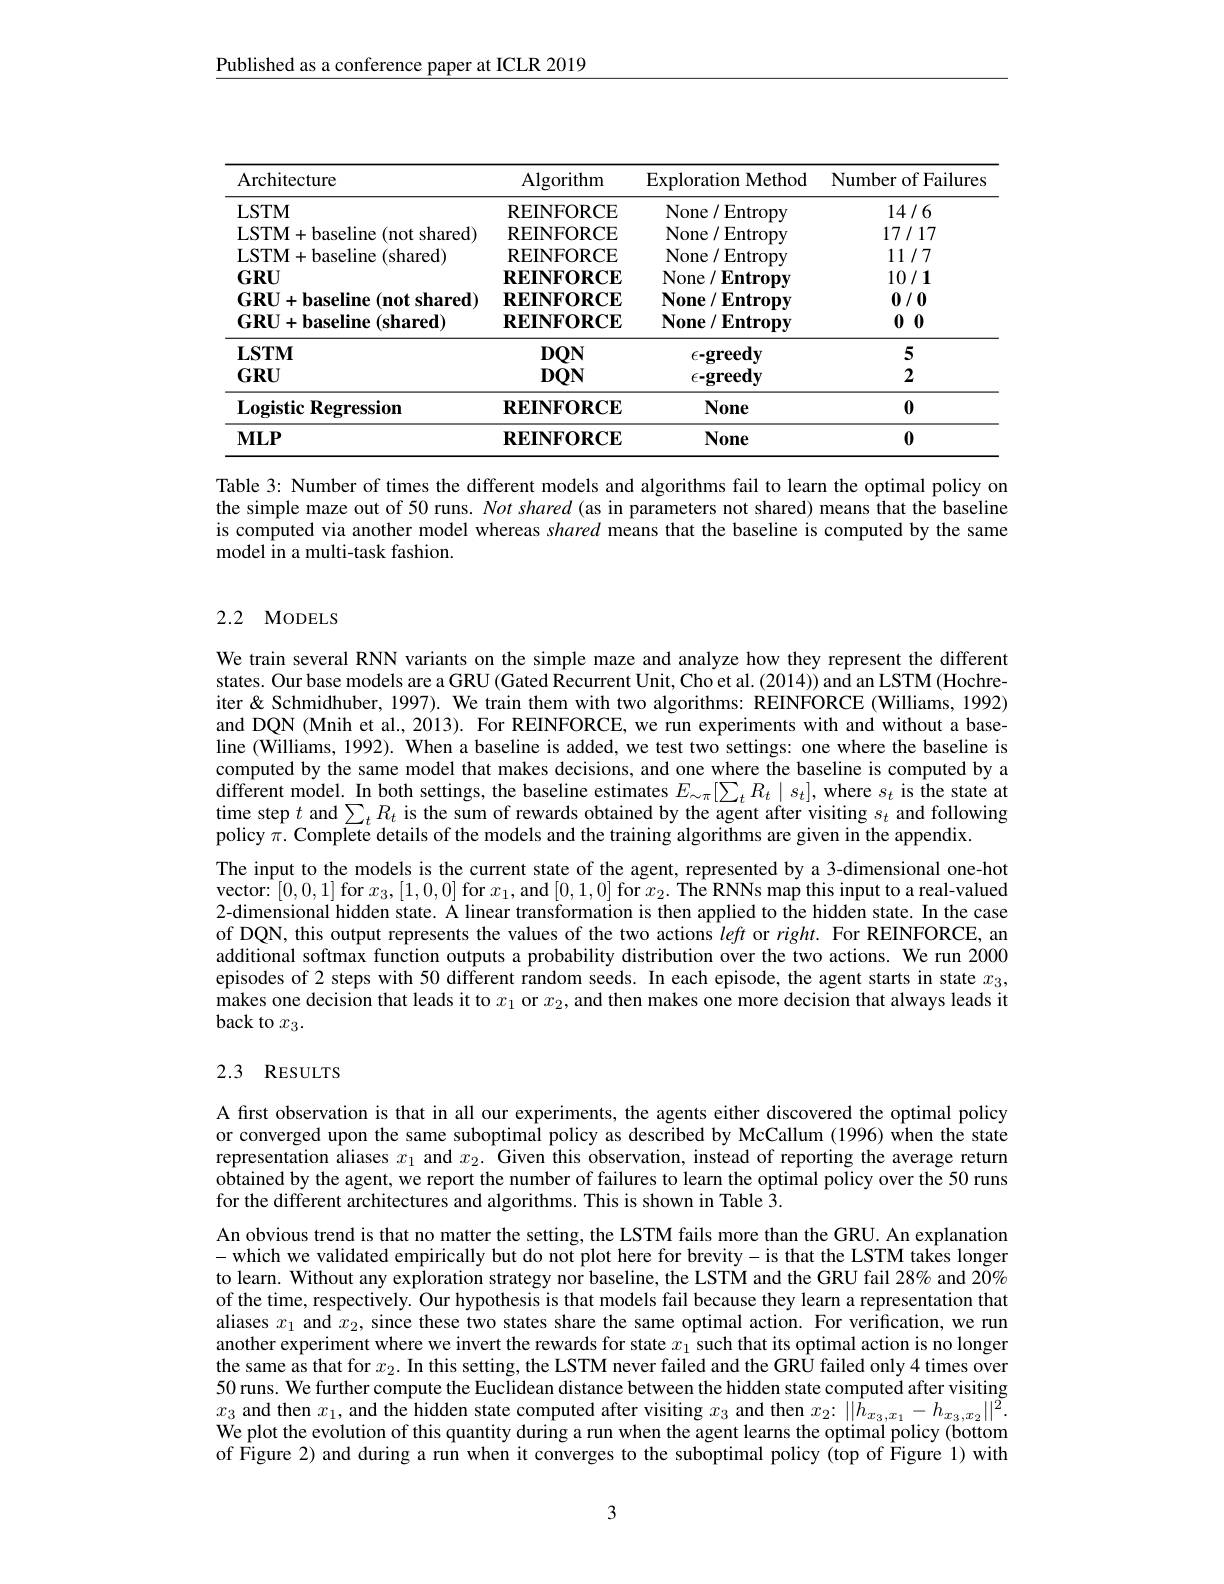
Published as a conference paper at ICLR 2019

<table>
	<tbody>
		<tr>
			<th>Architecture</th>
			<th>$\operatorname{Algorithm}$</th>
			<th>Exploration Method</th>
			<th>Number of Failures</th>
		</tr>
		<tr>
			<td>LSTM</td>
			<td>REINFORCE</td>
			<td>None/Entropy</td>
			<td>14/6</td>
		</tr>
		<tr>
			<td>LSTM+ baseline ( not shared) </td>
			<td>REINFORCE</td>
			<td>None/ Entropy</td>
			<td>17/17</td>
		</tr>
		<tr>
			<td>LSTM+ baseline ( shared) </td>
			<td>REINFORCE</td>
			<td>None /Entropy ,</td>
			<td>11/7</td>
		</tr>
		<tr>
			<td>$GRU$</td>
			<td>$\mathbf{REINFORCE}$</td>
			<td>None $/\mathbf{Entropy}$</td>
			<td>10/1</td>
		</tr>
		<tr>
			<td>$\mathbf{GRU}+\mathbf{baseline}$ $(\mathbf{not}\mathbf{shared})$</td>
			<td>$\mathbf{REINFORCE}$</td>
			<td>$\mathbf{None}$ $/\mathbf{Entropy}$ </td>
			<td>0/0</td>
		</tr>
		<tr>
			<td>$\mathbf{GRU}+\mathbf{baseline}(\mathbf{shared})$</td>
			<td>$\mathbf{REINFORCE}$</td>
			<td>$\mathbf{None}/\mathbf{Entropy}$</td>
			<td>00</td>
		</tr>
		<tr>
			<td>$\mathbf{LSTM}$ $GRU$</td>
			<td>$DQN$ $DQN$</td>
			<td>$\epsilon{-greedy}$ $\epsilon-greedy$</td>
			<td>5 2</td>
		</tr>
		<tr>
			<td>$\textbf{Logistic Regression}$</td>
			<td>$\mathbf{REINFORCE}$</td>
			<td>None</td>
			<td>0</td>
		</tr>
		<tr>
			<td>$MLP$</td>
			<td>$\mathbf{REINFORCE}$</td>
			<td>None</td>
			<td>0</td>
		</tr>
	</tbody>
</table>

Table 3: Number of times the different models and algorithms fail to learn the optimal policy on the simple maze out of 50 runs. Not shared (as in parameters not shared) means that the baseline is computed via another model whereas shared means that the baseline is computed by the same model in a multi-task fashion.

## 2.2 MODELS

We train several RNN variants on the simple maze and analyze how they represent the different states. Our base models are a GRU (Gated Recurrent Unit, Cho et al. (2014)) and an LSTM (Hochre- Our bared are a GRU (Gated Recurrent Unit, Cho et al. (2014)) and an LSTM (Hochre- Ding $(x)$ iter & Schmidhuber, 1997). We train them with two algorithms: REINFORCE (Williams, 1992) and DQN (Mnih et al., 2013). For REINFORCE, we run experiments with and without a baseline (Williams, 1992). When a baseline is added, we test two settings: one where the baseline is computed by the same model that makes decisions, and one where the baseline is computed by a different model. In both settings, the baseline estimates $E_{\sim\pi}[\sum_tR_t\mid s_t]$, where $s_t$ is the state at time step $t$ and $\sum_tR_t$ is the sum of rewards obtained by the agent after visiting $s_t$ and following policy $\pi.$ Complete details of the models and the training algorithms are given in the appendix.
The input to the models is the current state of the agent, represented by a 3-dimensional one-hot vector:[0,0,1]for$x_3,[1,0,0]$for$x_1$,and[0,1,0]for$x_2.$The RNNs map this input to a real-valued 2-dimensional hidden state. Ä linear transformation is then applied to the hidden state. In the case of DQN, this output represents the values of the two actions left or $right.$ For REINFORCE, an additional softmax function outputs a probability distribution over the two actions. We run 2000 episodes of 2 steps with 50 different random seeds. In each episode, the agent starts in state $x_3$, $\hat{\text{makes one decision that leads it to}x_1\text{ or }x_2,\text{and then makes one more decision that always leads it}}$ back to $x_3.$

## 2.3 RESULTS

A first observation is that in all our experiments, the agents either discovered the optimal policy or converged upon the same suboptimal policy as described by McCallum (1996) when the state representation aliases $x_1$ and $x_2.$ Given this observation, instead of reporting the average return obtained by the agent, we report the number of failures to learn the optimal policy over the 50 runs for the different architectures and algorithms. This is shown in Table $\hat{3}.$

An obvious trend is that no matter the setting, the LSTM fails more than the GRU. An explanatiom -which we validated empirically but do not plot here for brevity- is that the LSTM takes longer to learn. Without any exploration strategy nor baseline, the LSTM and the GRU fail 28% and $\tilde{20\%}$ of the time, respectively. Our hypothesis is that models fail because they learn a representation that aliases $x_1$ and $x_2$, since these two states share the same optimal action. For verification, we run another experiment where we invert the rewards for state $x_1$ such that its optimal action is no longen the same as that for $x_2.$ In this setting, the LSTM never failed and the GRU failed only 4 times over 50 runs. We further compute the Euclidean distance between the hidden state computed after visiting $x_3$ and then $x_1$, and the hidden state computed after visiting $x_3$ and then $x_2:\|\bar{h}_{x_3,x_1}-h_{x_3,x_2}\|^2.$ We plot the evolution of this quantity during a run when the agent learns the optimal policy (bottom of Figure 2) and during a run when it converges to the suboptimal policy (top of Figure 1) with

3